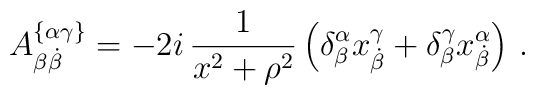
A_{\beta\dot\beta}^{\{\alpha\gamma\}} = - 2i \,\frac{1}{x^2+\rho^2}\left( \delta^\alpha_\beta x^\gamma_{\dot\beta} + \delta^\gamma_\beta x^\alpha_{\dot\beta} \right)\, .